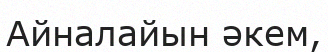
Айналайын әкем,